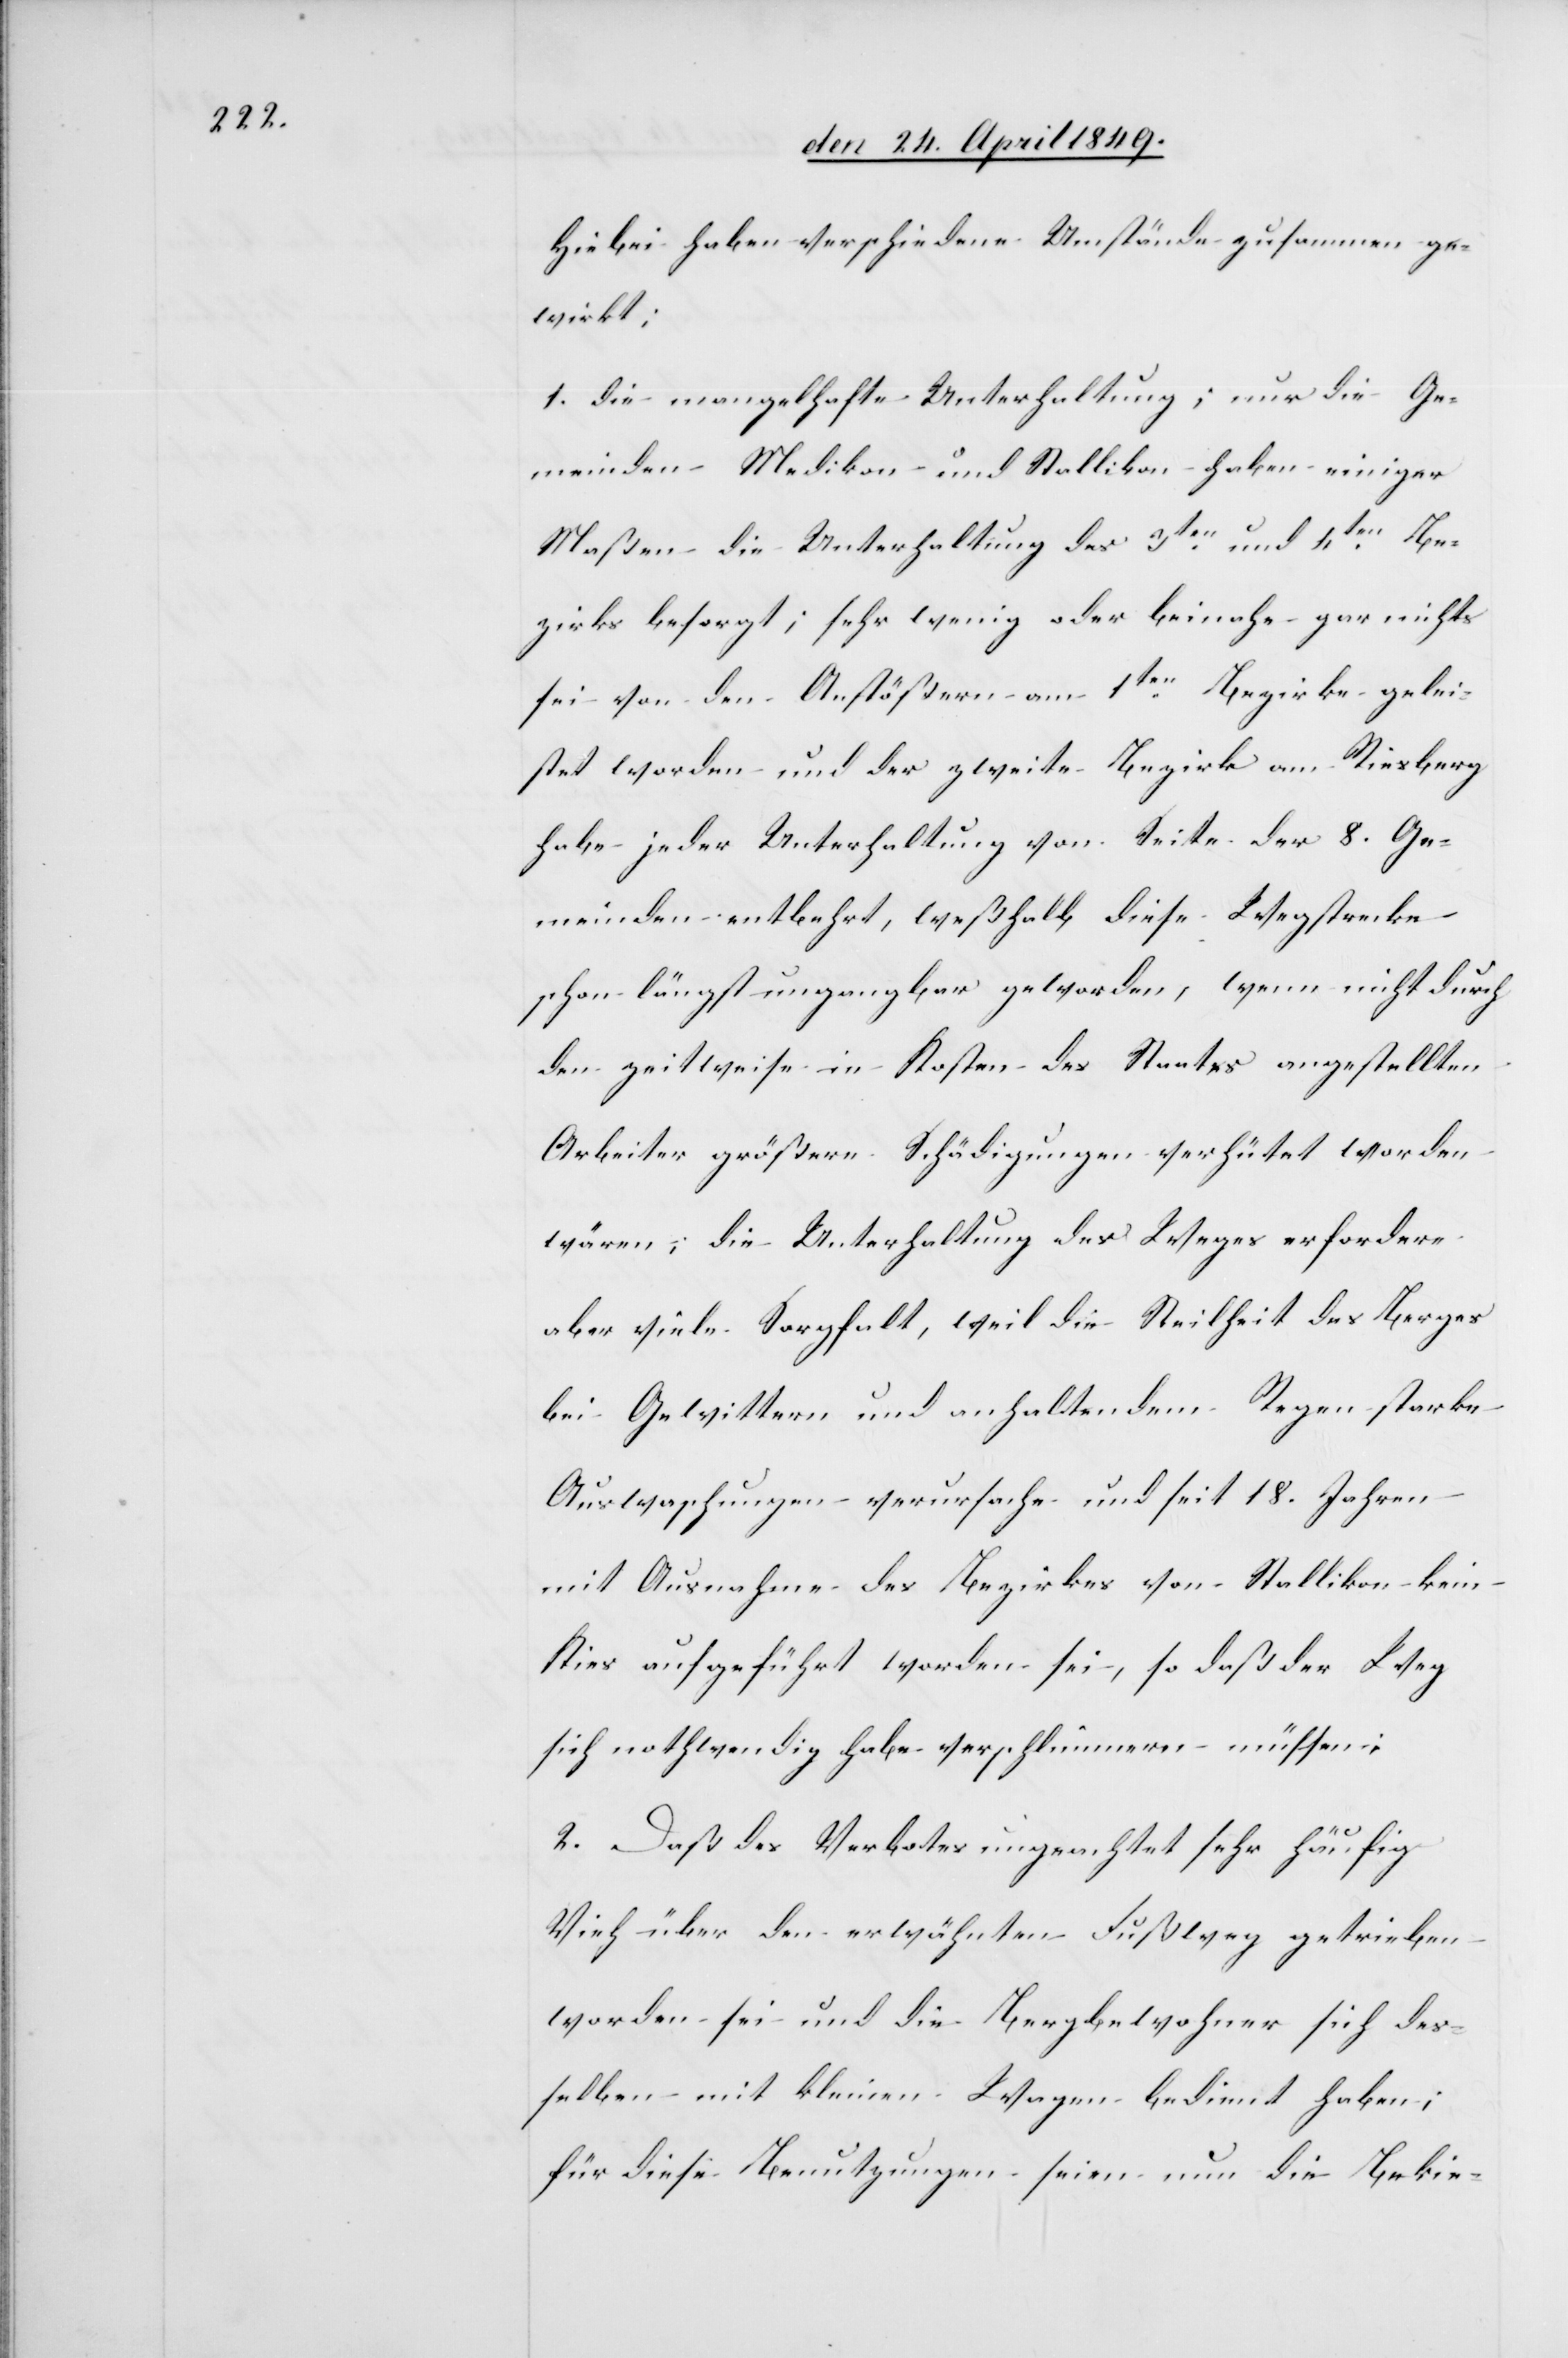
Hiebei haben verschiedene Umstände zusammen ge¬
wirkt:
1. die mangelhafte Unterhaltung; nur die Ge¬
meinden Medikon und Stallikon haben einiger
Maßen die Unterhaltung des 3ten und 4ten Be¬
zirks besorgt; sehr wenig oder beinahe gar nichts
sei von den Anstößern am 1ten Bezirke gelei¬
stet worden und der zweite Bezirk am Riesberg
habe jeder Unterhaltung von Seite der 8. Ge¬
meinden entbehrt, weßhalb diese Wegstrecke
schon längst ungangbar geworden, wenn nicht durch
den zeitweise in Kosten des Staates angestellten
Arbeiter größere Schädigungen verhütet worden
wären; die Unterhaltung des Weges erfordere
aber viele Sorgfalt, weil die Steilheit des Berges
bei Gewittern und anhaltendem Regen starke
Auswaschungen verursache und seit 18. Jahren
mit Ausnahme des Bezirkes von Stallikon kein
Kies aufgeführt worden sei, so daß der Weg
sich nothwendig habe verschlimmern müssen:
2. Daß des Verbotes ungeachtet sehr häufig
Vieh über den erwähnten Fußweg getrieben
worden sei und die Bergbewohner sich des¬
selben mit kleinen Wagen bedient haben;
für diese Benutzungen seien nun die Bekie-